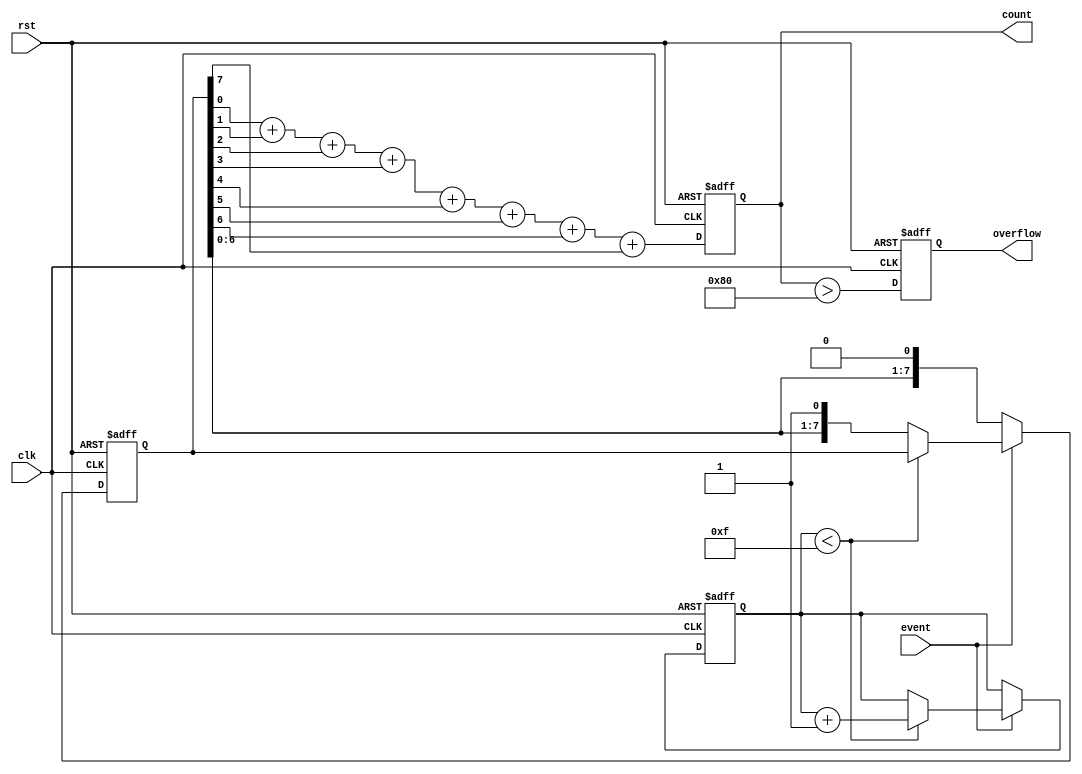
module windowed_counter #(
    parameter MAX_COUNT = 255, // Maximum count value (8-bit counter)
    parameter THRESHOLD = 128,  // Threshold for overflow flag
    parameter WINDOW_SIZE = 16   // Window size (number of events)
)(
    input wire clk,              // Clock signal
    input wire rst,              // Asynchronous reset
    input wire event,            // Event signal to increment the counter
    output reg [7:0] count,      // Current count value
    output reg overflow          // Flag for threshold exceeded
);

    reg [7:0] event_counter;     // Internal event counter
    reg [7:0] event_window;       // Window to track events

    // Asynchronous reset and counting logic
    always @(posedge clk or posedge rst) begin
        if (rst) begin
            count <= 8'b0;          // Reset count to 0
            event_counter <= 8'b0;  // Reset event counter to 0
            event_window <= 8'b0;    // Reset event window to 0
            overflow <= 1'b0;        // Reset overflow flag
        end else begin
            // Manage the event window
            if (event) begin
                // Increment the event counter
                if (event_counter < WINDOW_SIZE - 1) begin
                    event_counter <= event_counter + 1;
                end else begin
                    // Shift the window when the size is exceeded
                    event_window <= {event_window[6:0], 1'b1}; // Shift window and add new event
                end
            end else begin
                // Shift the window if no event occurred
                event_window <= {event_window[6:0], 1'b0}; // Shift window and add 0
            end

            // Count the events in the window
            count <= event_window[0] + event_window[1] + event_window[2] + 
                      event_window[3] + event_window[4] + event_window[5] + 
                      event_window[6] + event_window[7];

            // Update overflow flag
            overflow <= (count > THRESHOLD);
        end
    end
endmodule